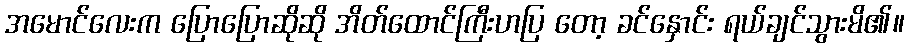
အမောင်လေးက ပြောပြောဆိုဆို အိတ်ထောင်ကြီးဟပြ တော့ ခင်နှောင်း ရယ်ချင်သွားမိ၏။